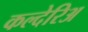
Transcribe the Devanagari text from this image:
कल्देरिअ